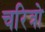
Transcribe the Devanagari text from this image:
चरित्रो